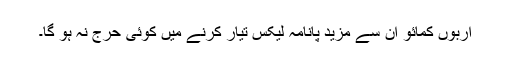
اربوں کمائو ان سے مزید پانامہ لیکس تیار کرنے میں کوئی حرج نہ ہو گا۔